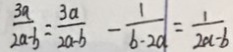
\frac { 3 a } { 2 a - b } = \frac { 3 a } { 2 a - b } - \frac { 1 } { b - 2 a } = \frac { 1 } { 2 a - b }